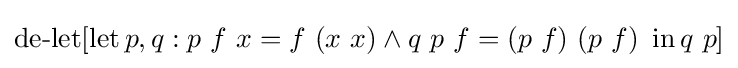
\operatorname {de-let} [\operatorname {let} p,q:p\ f\ x=f\ (x\ x)\land q\ p\ f=(p\ f)\ (p\ f)\ \operatorname {in} q\ p]